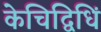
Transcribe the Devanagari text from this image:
केचिद्विधिं